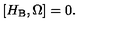
\left[ H _ { \mathrm { B } } , \Omega \right] = 0 .